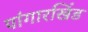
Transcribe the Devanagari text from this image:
पांगारखिंड